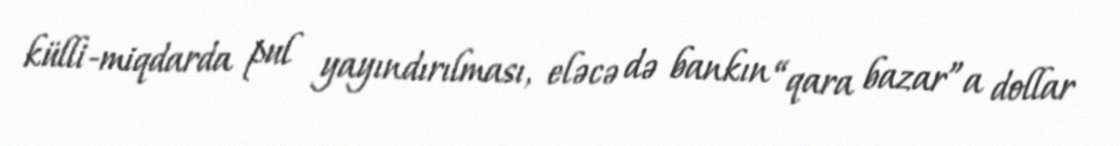
külli-miqdarda pul yayındırılması, eləcə də bankın “qara bazar”a dollar